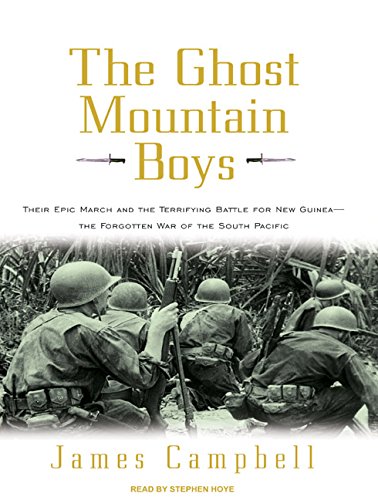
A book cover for The Ghost Mountain Boys: Their Epic March and the Terrifying Battle for New Guinea---the Forgotten War of the South Pacific; James Campbell; History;